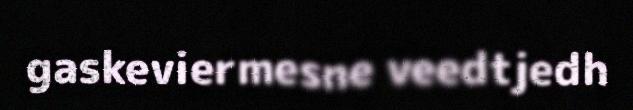
gaskeviermesne veedtjedh